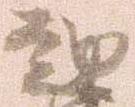
越